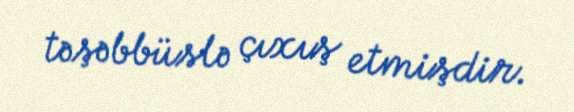
təşəbbüslə çıxış etmişdir.